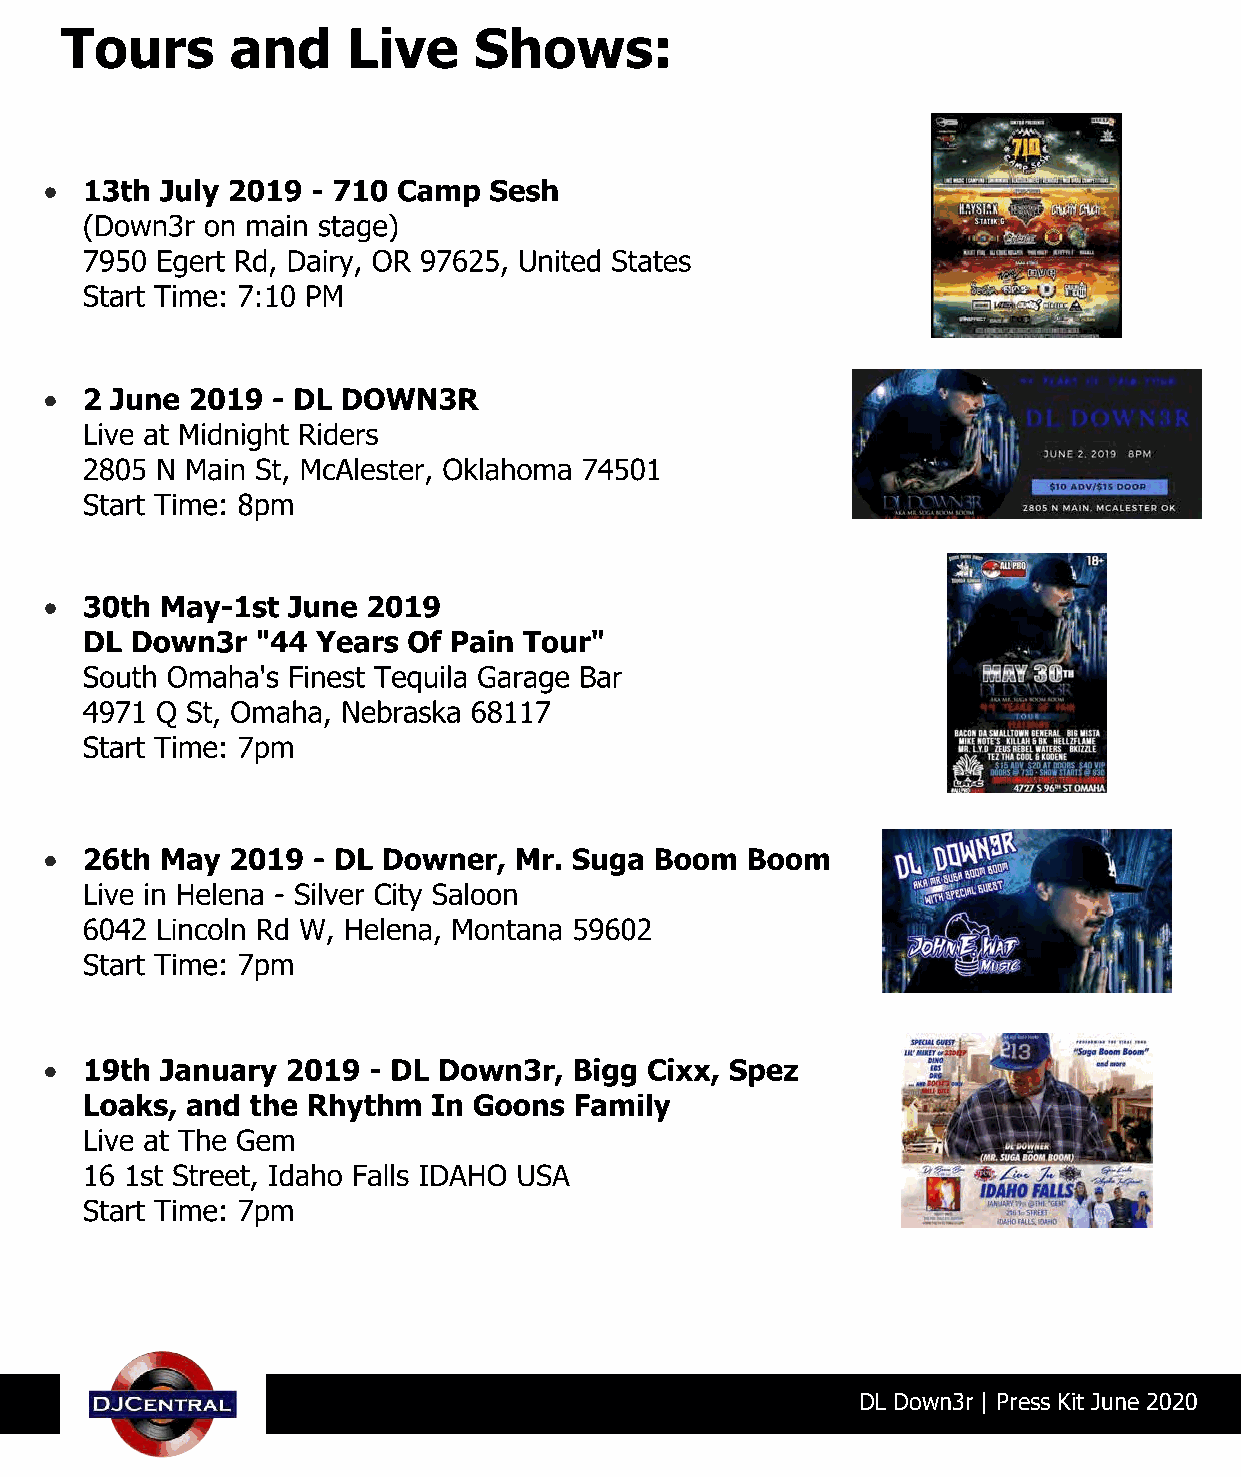
Tours      and     Live    Shows:
 DL Down3r | Press Kit June 2020